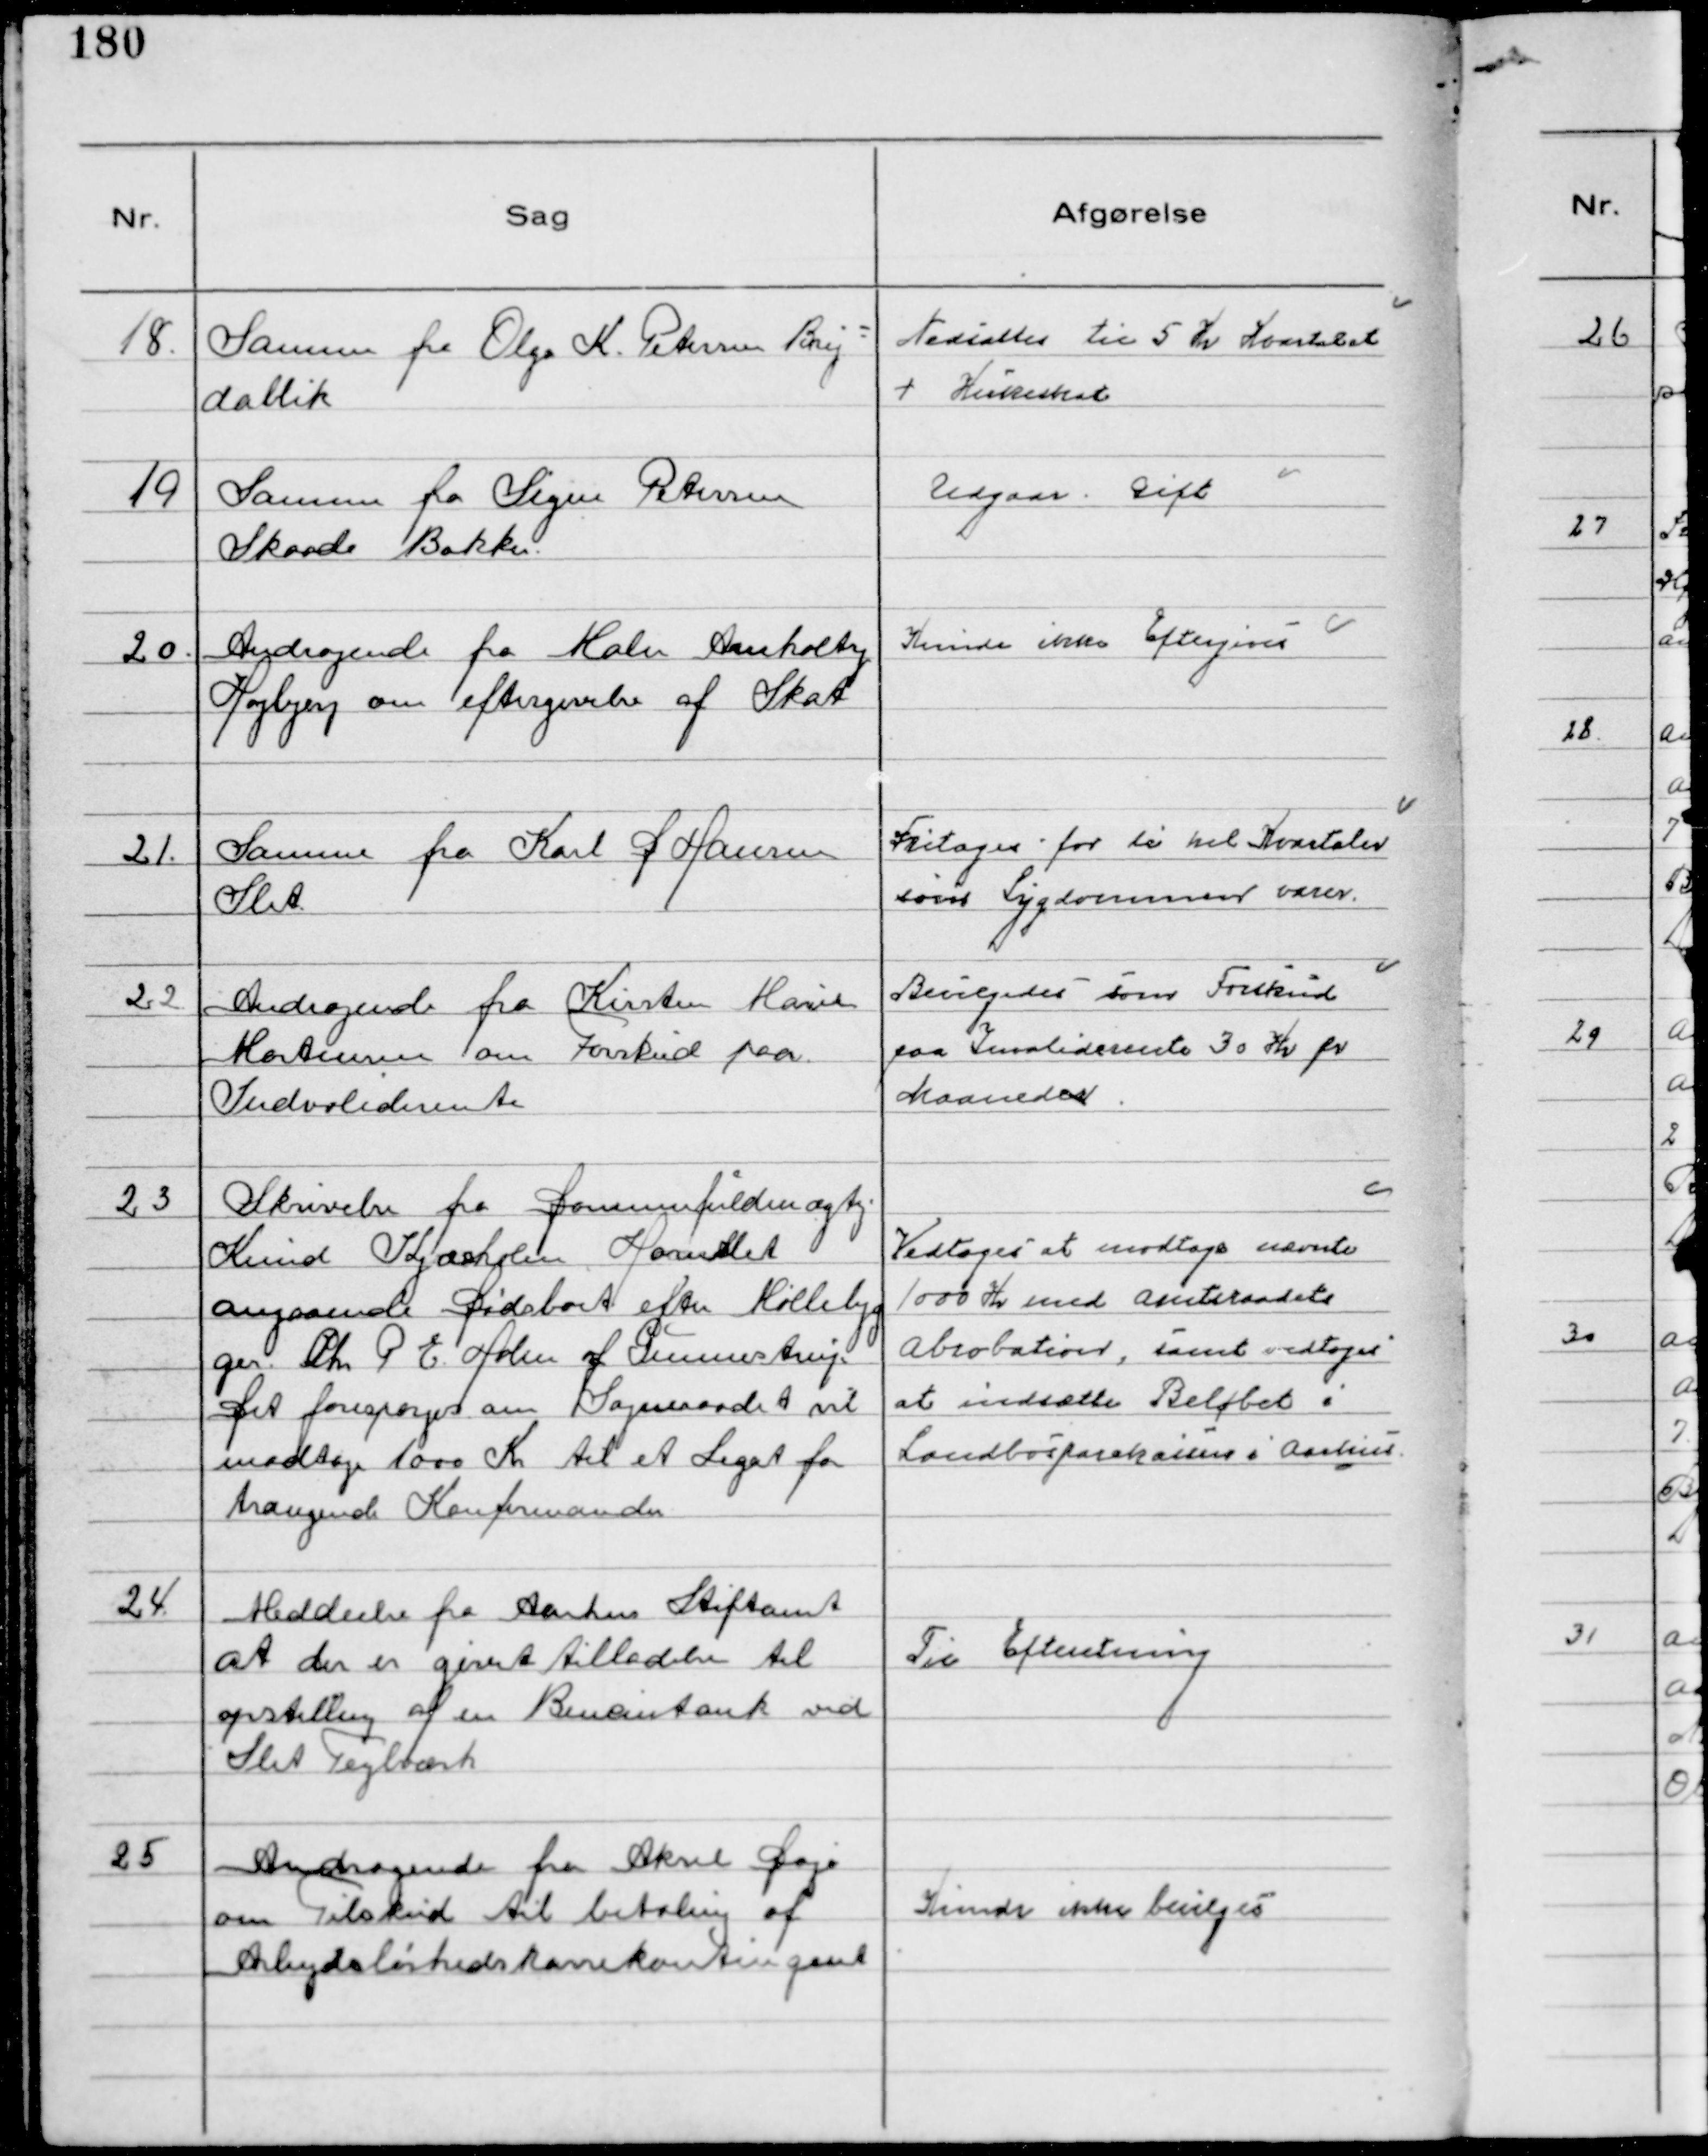
Transskription:
18.
Samme fra Olga K. Petersen Brej-
dablik

Nedsattes til 5 Kr Kvartalet
+ Kirkeskat

19
Samme fra Signe Petersen
Skaade Bakker.

Udgaar. Gift

20.
Andragende fra Maler Arnholtz
Højbjerg om eftergivelse af Skat

Kunde ikke Eftergives

21.
Samme fra Karl D Hansen
Slet

Fritages for de hel Kvartaler
som Sygdommen varer.

22.
Andragende fra Kirsten Marie
Mortensen om Forskud paa
Indvaliderente

Bevilgedes som Forskud
paa Invaliderente 30 Kr pr
Maaneder.

23
Skrivelse fra Dommerfuldmægtig
Knud Kjærholm Hornslet
angaaende Dødsboet efter Møllebyg
ger Chr P E Holm af Gunnestrup.
Det forespørges om Sogneraadet vil
modtage 1000 Kr til et Legat for
trængende Konfirmander

Vedtoges at modtage nævnte
1000 Kr med Amtsraadets
Abrobation, samt vedtoges
at indsætte Beløbet i
Landbosparekassen i Aarhus

24.
Meddeelse fra Aarhus Stiftamt
at der er givet tilladelse til
opstilling af en Benzintank ved
Slet Teglværk

Til Efteretning

25
Andragende fra Aksel Dajø
om Tilskud til betaling af
Arbejdsløshedskassekontingent

Kunde ikke bevilges